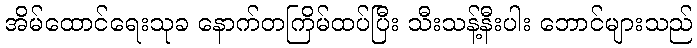
အိမ်ထောင်ရေးသုခ နောက်တကြိမ်ထပ်ပြီး သီးသန့်နီးပါး ဘောင်များသည်